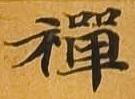
禅